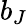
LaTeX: b_{J}